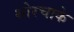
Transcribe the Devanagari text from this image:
थोरचाके